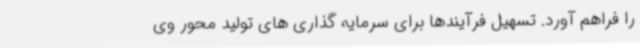
را فراهم آورد. تسهیل فرآیندها برای سرمایه‌ گذاری های تولید محور وی